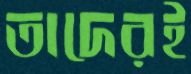
তাদেরই